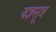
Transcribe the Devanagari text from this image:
यज्ञसूत्र